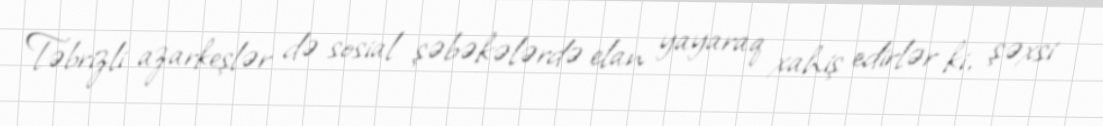
Təbrizli azarkeşlər də sosial şəbəkələrdə elan yayaraq xahiş edirlər ki, şəxsi